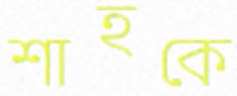
শাহকে